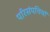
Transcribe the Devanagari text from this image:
परिसंपत्तियॉ